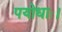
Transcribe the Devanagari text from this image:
पयोधाः।